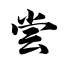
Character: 尝